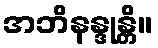
အဘိနန္ဒုန္တိ။